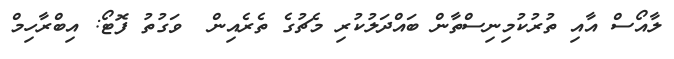
ލާއޯސް އާއި ތުރުކުމިނިސްތާން ބައްދަލުކުރި މެޗުގެ ތެރެއިން  ވަގުތު ފޮޓޯ: އިބްރާހިމް